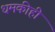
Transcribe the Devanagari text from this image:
धमकीही